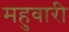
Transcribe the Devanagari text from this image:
महुवारी